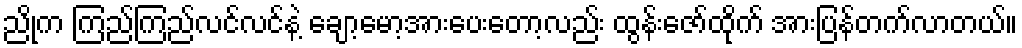
ညိုက ကြည်ကြည်လင်လင်နဲ့ ချော့မော့အားပေးတော့လည်း ထွန်းဇော်ထိုက် အားပြန်တက်လာတယ်။